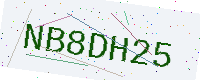
Text: NB8DH25